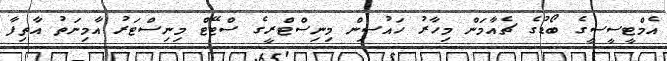
އެމްޓީސީސީގެ ބޯޑުގެ ޗެއާމަން މިހާރު ހައުސިން މިނިސްޓްރީގެ ސްޓޭޓް މިނިސްޓަރު އާމިނަތު އާތިފާ